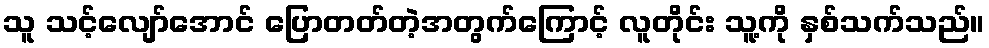
သူ သင့်လျော်အောင် ပြောတတ်တဲ့အတွက်ကြောင့် လူတိုင်း သူ့ကို နှစ်သက်သည်။